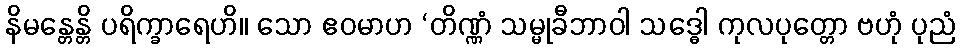
နိမန္တေန္တိ ပရိက္ခာရေဟိ။ သော ဧဝမာဟ ‘တိဏ္ဏံ သမ္မုခီဘာဝါ သဒ္ဓေါ ကုလပုတ္တော ဗဟုံ ပုညံ